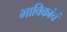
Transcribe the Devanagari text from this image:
भाविकांचं